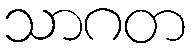
သာဂတ